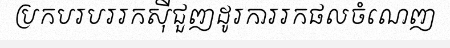
ប្រកបរបររកស៊ីជួញដូរការរកផលចំណេញ